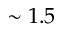
\sim 1 . 5